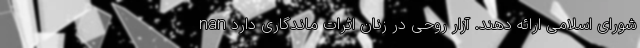
شورای اسلامی ارائه دهند. آزار روحی در زنان اثرات ماندگاری دارد nan